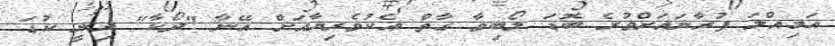
އަމިއްލަ ފުރާނައަށްވުރެ ބޮޑަ ލޯބިވާ ގާތް އެކުވެރިޔާއަށް އޭނާ "ދޯކާ" ދިނީ ކުޑަ